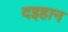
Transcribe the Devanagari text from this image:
दइहान